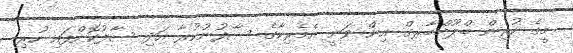
މީގެ ކުރިން ބްލޫމްބާރގް އިން ވަނީ އެމެރިކާގެ ސާފުނުކުރާ އަދި ސާފުކޮށްފައި ހުރި